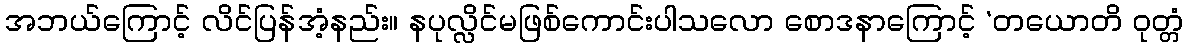
အဘယ်ကြောင့် လိင်ပြန်အံ့နည်း။ နပုလ္လိင်မဖြစ်ကောင်းပါသလော စောဒနာကြောင့် ‘တယောတိ ဝုတ္တံ